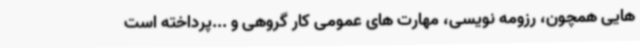
هایی همچون، رزومه نویسی، مهارت های عمومی کار گروهی و ...پرداخته است